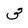
Character: 3